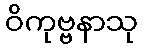
ဝိကုဗ္ဗနာသု